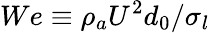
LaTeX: We\equiv\rho_{a}U^{2}d_{0}/\sigma_{l}